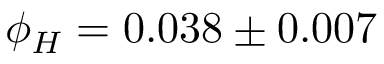
\phi _ { H } = 0 . 0 3 8 \pm 0 . 0 0 7